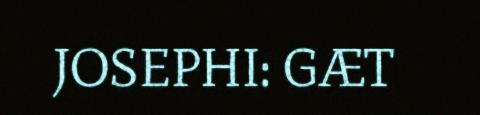
JOSEPHI: GÆT